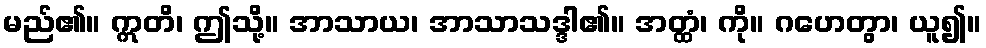
မည်၏။ ဣတိ၊ ဤသို့။ အာသာယ၊ အာသာသဒ္ဒါ၏။ အတ္ထံ၊ ကို။ ဂဟေတွာ၊ ယူ၍။